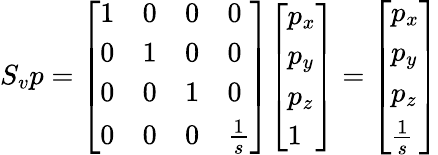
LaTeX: S_{v}p={\left[\begin{array}{llll}{1}&{0}&{0}&{0}\\ {0}&{1}&{0}&{0}\\ {0}&{0}&{1}&{0}\\ {0}&{0}&{0}&{{\frac{1}{s}}}\end{array}\right]}{\left[\begin{array}{l}{p_{x}}\\ {p_{y}}\\ {p_{z}}\\ {1}\end{array}\right]}={\left[\begin{array}{l}{p_{x}}\\ {p_{y}}\\ {p_{z}}\\ {{\frac{1}{s}}}\end{array}\right]}